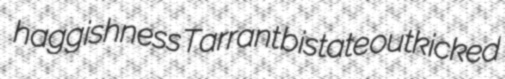
haggishness Tarrant bistate outkicked